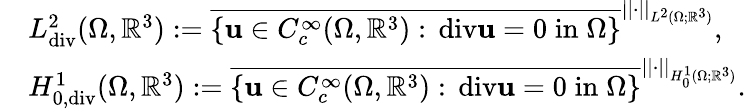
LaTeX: \begin{array}{rl}&{L_{\mathrm{div}}^{2}(\Omega,\mathbb{R}^{3}):=\overline{{\{ \mathbf{u}\in C_{c}^{\infty}(\Omega,\mathbb{R}^{3}):\, \mathrm{div}\mathbf{u}=0\; \mathrm{in}\; \Omega\} }}^{||\cdot||_{L^{2}(\Omega;\mathbb{R}^{3})}},}\\ &{H_{0,\mathrm{div}}^{1}(\Omega,\mathbb{R}^{3}):=\overline{{\{ \mathbf{u}\in C_{c}^{\infty}(\Omega,\mathbb{R}^{3}):\, \mathrm{div}\mathbf{u}=0\; \mathrm{in}\; \Omega\} }}^{||\cdot||_{H_{0}^{1}(\Omega;\mathbb{R}^{3})}}.}\end{array}